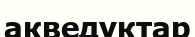
акведуктар